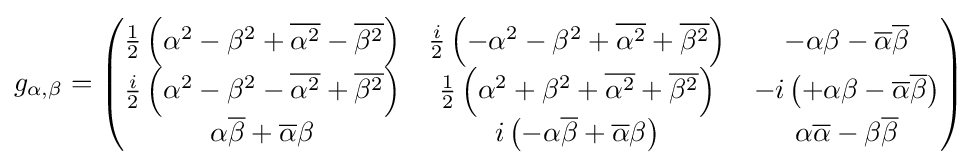
g_{\alpha ,\beta }={\begin{pmatrix}{\frac {1}{2}}\left(\alpha ^{2}-\beta ^{2}+{\overline {\alpha ^{2}}}-{\overline {\beta ^{2}}}\right)&{\frac {i}{2}}\left(-\alpha ^{2}-\beta ^{2}+{\overline {\alpha ^{2}}}+{\overline {\beta ^{2}}}\right)&-\alpha \beta -{\overline {\alpha }}{\overline {\beta }}\\{\frac {i}{2}}\left(\alpha ^{2}-\beta ^{2}-{\overline {\alpha ^{2}}}+{\overline {\beta ^{2}}}\right)&{\frac {1}{2}}\left(\alpha ^{2}+\beta ^{2}+{\overline {\alpha ^{2}}}+{\overline {\beta ^{2}}}\right)&-i\left(+\alpha \beta -{\overline {\alpha }}{\overline {\beta }}\right)\\\alpha {\overline {\beta }}+{\overline {\alpha }}\beta &i\left(-\alpha {\overline {\beta }}+{\overline {\alpha }}\beta \right)&\alpha {\overline {\alpha }}-\beta {\overline {\beta }}\end{pmatrix}}